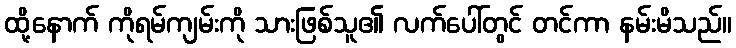
ထို့နောက် ကိုရမ်ကျမ်းကို သားဖြစ်သူ၏ လက်ပေါ်တွင် တင်ကာ နမ်းမိသည်။